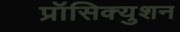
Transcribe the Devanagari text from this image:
प्रॉसिक्युशन